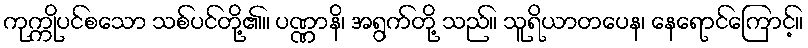
ကုက္ကိုပင်စသော သစ်ပင်တို့၏။ ပဏ္ဏာနိ၊ အရွက်တို့ သည်။ သူရိယာတပေန၊ နေရောင်ကြောင့်။